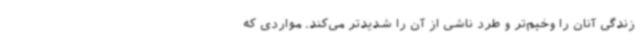
زندگی آنان را وخیم‌تر و طرد ناشی از آن را شدیدتر می‌کند. مواردی که